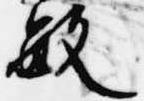
敏